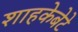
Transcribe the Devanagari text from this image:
शाहकेबेटे